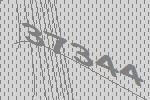
37344